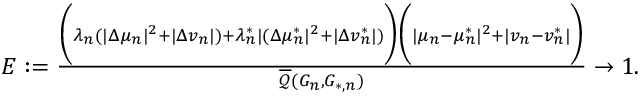
\begin{array} { r } { E : = \frac { \biggr ( \lambda _ { n } ( | \Delta \mu _ { n } | ^ { 2 } + | \Delta v _ { n } | ) + \lambda _ { n } ^ { * } | ( \Delta \mu _ { n } ^ { * } | ^ { 2 } + | \Delta v _ { n } ^ { * } | ) \biggr ) \biggr ( | \mu _ { n } - \mu _ { n } ^ { * } | ^ { 2 } + | v _ { n } - v _ { n } ^ { * } | \biggr ) } { \overline { { \mathcal { Q } } } ( G _ { n } , G _ { * , n } ) } \to 1 . } \end{array}